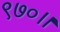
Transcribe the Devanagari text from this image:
९७०।।